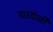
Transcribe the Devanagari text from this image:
गारडोळी